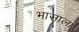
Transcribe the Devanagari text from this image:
भासाला